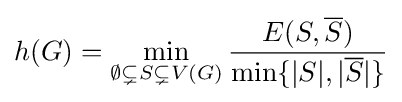
h(G)=\min _{\emptyset \subsetneq S\subsetneq V(G)}{\frac {E({S},{\overline {S}})}{\min\{|S|,|{\overline {S}}|\}}}